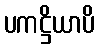
ပကဋ္ဌိယာပိ